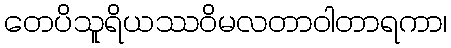
တေပိသူရိယဿဝိမလတာဝါတာရကာ၊